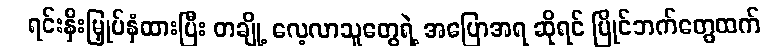
ရင်းနှီးမြှုပ်နှံထားပြီး တချို့ လေ့လာသူတွေရဲ့ အပြောအရ ဆိုရင် ပြိုင်ဘက်တွေထက်